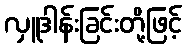
လှူဒါန်းခြင်းတို့ဖြင့်